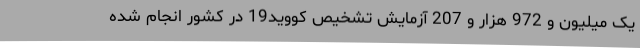
یک میلیون و 972 هزار و 207 آزمایش تشخیص کووید19 در کشور انجام شده